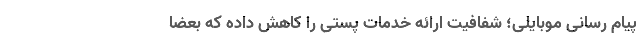
پیام رسانی موبایلی؛ شفافیت ارائه خدمات پستی را کاهش داده که بعضا